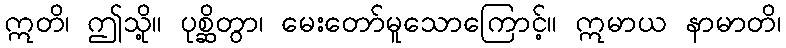
ဣတိ၊ ဤသို့။ ပုစ္ဆိတွာ၊ မေးတော်မူသောကြောင့်။ ဣမာယ နာမာတိ၊